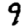
Digit: 9